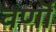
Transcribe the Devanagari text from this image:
वर्णॊं